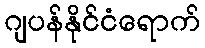
ဂျပန်နိုင်ငံရောက်